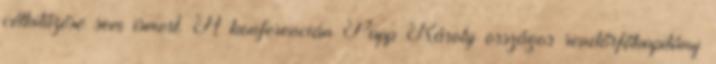
célkitűzése sem ismert. A konferencián Papp Károly országos rendőrfőkapitány